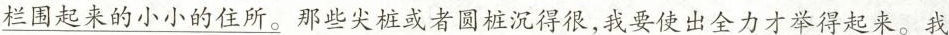
栏围起来的小小的住所。那些尖桩或者圆桩沉得很，我要使出全力才举得起来。我